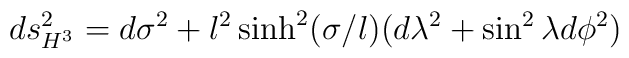
ds^2_{H^3}= d\sigma^2+l^2\sinh^2(\sigma /l) (d\lambda^2+\sin^2\lambda d\phi^2)